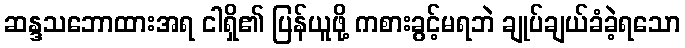
ဆန္ဒသဘောထားအရ ငါရှိ၏ ပြန်ယူဖို့ ကစားခွင့်မရဘဲ ချုပ်ချယ်ခံခဲ့ရသော